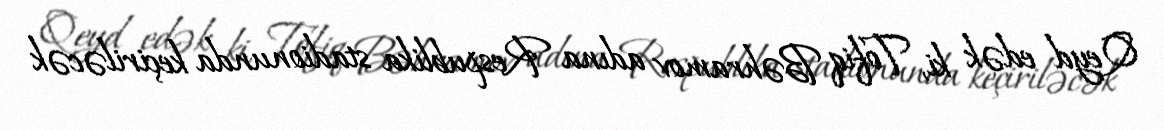
Qeyd edək ki, Tofiq Bəhramov adına Respublika stadionunda keçiriləcək